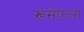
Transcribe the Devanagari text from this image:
रूसेफला